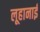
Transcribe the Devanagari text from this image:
लूहानाई